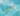
سجني